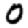
Digit: 0